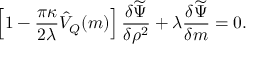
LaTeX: \left[ 1 - \frac { \pi \kappa } { 2 \lambda } \hat { V } _ { Q } ( m ) \right] \frac { \delta \widetilde \Psi } { \delta \rho ^ { 2 } } + \lambda \frac { \delta \widetilde \Psi } { \delta m } = 0 .